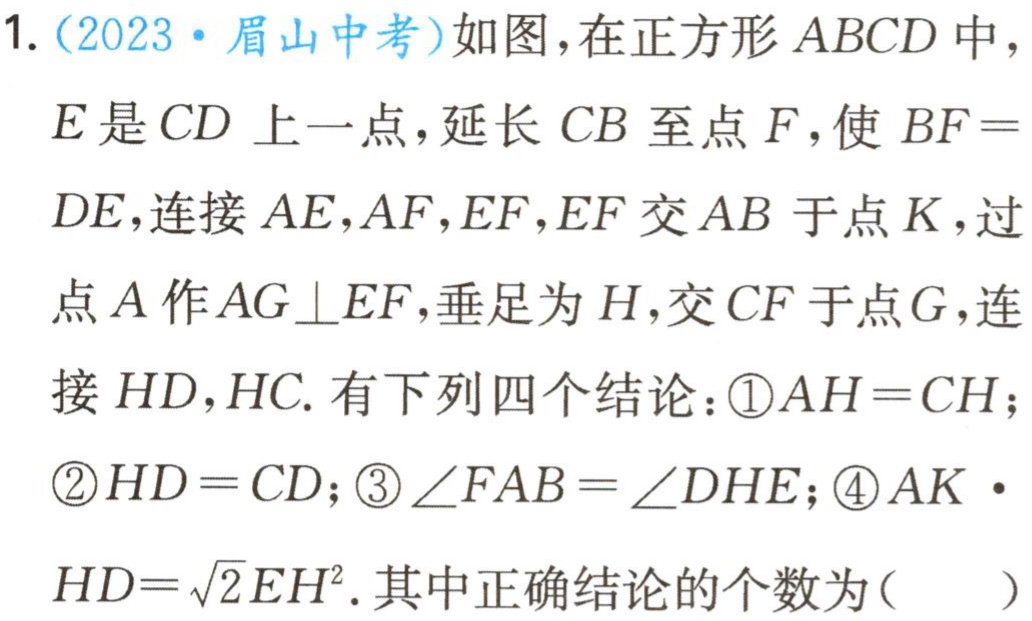
1.（2023·眉山中考）如图，在正方形 \(ABCD\) 中，

\(E\) 是 \(CD\) 上一点，延长 \(CB\) 至点 \(F\)，使 \(BF =

DE\)，连接 \(AE,AF,EF,EF\) 交 \(AB\) 于点 \(K\)，过

点 \(A\) 作 \(AG\perp EF\)，垂足为 \(H\)，交 \(CF\) 于点 \(G\)，连

接 \(HD,HC\). 有下列四个结论：\textcircled{1}\(AH = CH\)；

\textcircled{2}\(HD = CD\)；\textcircled{3}\(\angle FAB=\angle DHE\)；\textcircled{4}\(AK\cdot\)

\(HD=\sqrt{2}EH^{2}\). 其中正确结论的个数为（  ）